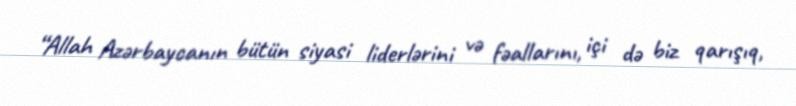
“Allah Azərbaycanın bütün siyasi liderlərini və fəallarını, içi də biz qarışıq,